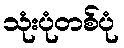
သုံးပုံတစ်ပုံ